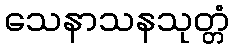
သေနာသနသုတ္တံ